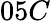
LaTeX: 05C